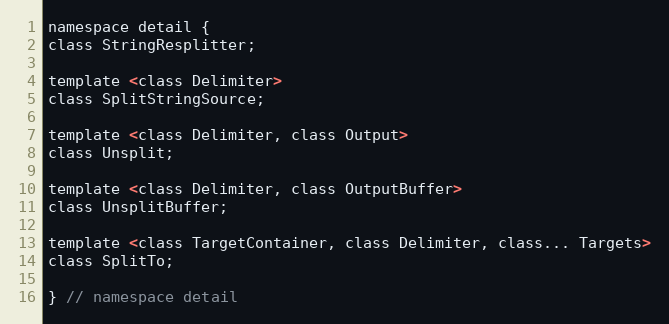
Language: C
namespace detail {
class StringResplitter;

template <class Delimiter>
class SplitStringSource;

template <class Delimiter, class Output>
class Unsplit;

template <class Delimiter, class OutputBuffer>
class UnsplitBuffer;

template <class TargetContainer, class Delimiter, class... Targets>
class SplitTo;

} // namespace detail